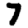
Digit: 7